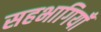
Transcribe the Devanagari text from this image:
सहभागियाँ